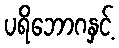
ပရိဘောဂနှင့်